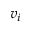
v _ { i }